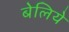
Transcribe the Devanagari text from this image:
बेलिये